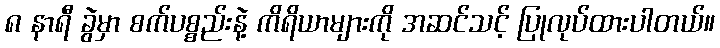
၈ နာရီ ခွဲမှာ စက်ပစ္စည်းနဲ့ ကိရိယာများကို အဆင်သင့် ပြုလုပ်ထားပါတယ်။